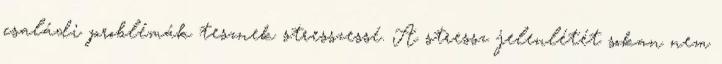
családi problémák tesznek stresszessé. A stressz jelenlétét sokan nem